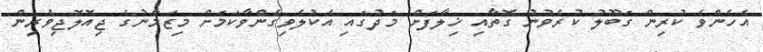
އެހެންވެ ކުރިން ގަބޫލު ކުރެވުނު ގޮތާއި ޚިލާފަށް މަދުގައި އެކުލެވިގެންވާކަމަށް މިޒަމާނުގެ ޖިއޮލޮޖިވެރިން